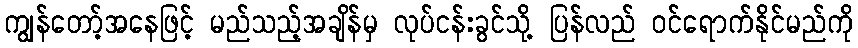
ကျွန်တော့်အနေဖြင့် မည်သည့်အချိန်မှ လုပ်ငန်းခွင်သို့ ပြန်လည် ဝင်ရောက်နိုင်မည်ကို